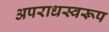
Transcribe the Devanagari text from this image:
अपराधस्वरूप